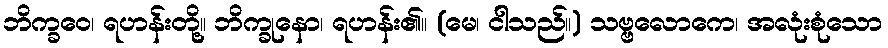
ဘိက္ခဝေ၊ ရဟန်းတို့။ ဘိက္ခုနော၊ ရဟန်း၏။ (မေ၊ ငါသည်။) သဗ္ဗလောကေ၊ အလုံးစုံသော